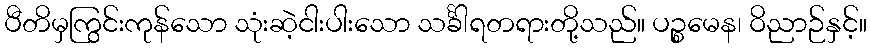
ပီတိမှကြွင်းကုန်သော သုံးဆဲ့ငါးပါးသော သင်္ခါရတရားတို့သည်။ ပဉ္စမေန၊ ဝိညာဉ်နှင့်။